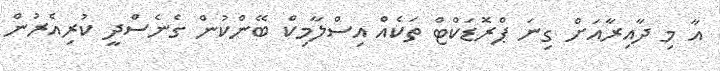
އާ މި ދާއިރާއަށް ގިނަ ޕްރޮޑަކްޓް ތަކެއް އިސްލާމިކް ބޭންކުން ގެނެސްދީ ކުރިއެރުން